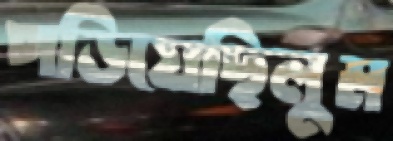
পড়িয়েছিলুম